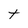
Character: t